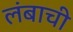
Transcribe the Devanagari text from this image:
लंबाची